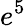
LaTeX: e^{5}